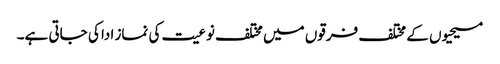
مسیحیوں کے مختلف فرقوں میں مختلف نوعیت کی نماز ادا کی جاتی ہے۔